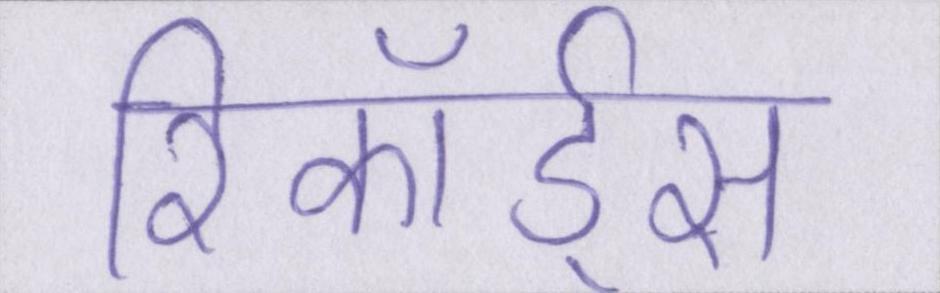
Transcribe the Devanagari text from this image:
रिकॉर्ड्स